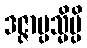
ဒဇ္ဇာပ္ပသ္မိမ္ပိ